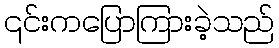
၎င်းကပြောကြားခဲ့သည်